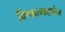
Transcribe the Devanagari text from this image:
विश्वात्मदर्शन